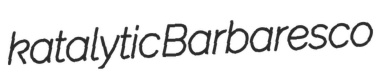
katalytic Barbaresco